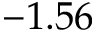
- 1 . 5 6